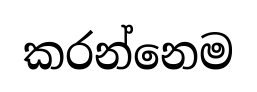
කරන්නෙම